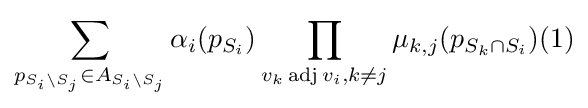
\sum _{p_{S_{i}\setminus S_{j}}\in A_{S_{i}\setminus S_{j}}}\alpha _{i}(p_{S_{i}})\prod _{{v_{k}\operatorname {adj} v_{i}},{k\neq j}}\mu _{k,j}(p_{S_{k}\cap S_{i}})(1)